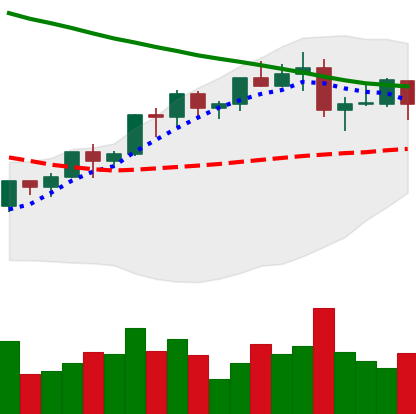
Ticker: LTC-USD
Chart end date: 2022-04-04
Forward return: -9.678%
Label: down_7plus